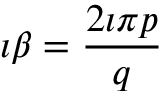
\imath \beta = \frac { 2 \imath \pi p } { q }